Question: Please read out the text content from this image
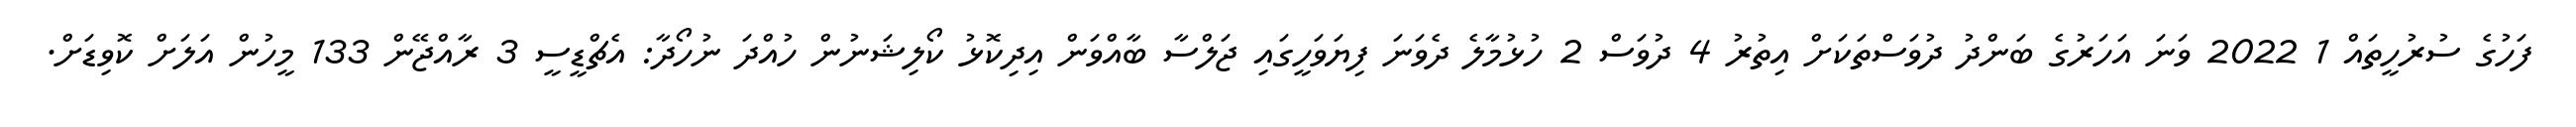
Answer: ފަހުގެ ސުރުހީތައް 1 2022 ވަނަ އަހަރުގެ ބަންދު ދުވަސްތަކަށް އިތުރު 4 ދުވަސް 2 ހުޅުމާލެ ދެވަނަ ފިޔަވަހީގައި ޖަލްސާ ބާއްވަން އިދިކޮޅު ކޯލިޝަނުން ހުއްދަ ނުހޯދާ: އެޗްޑީސީ 3 ރާއްޖޭން 133 މީހުން އަލަށް ކޮވިޑަށް.